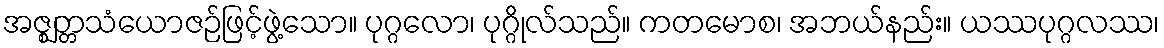
အဇ္ဈတ္တသံယောဇဉ်ဖြင့်ဖွဲ့သော။ ပုဂ္ဂလော၊ ပုဂ္ဂိုလ်သည်။ ကတမောစ၊ အဘယ်နည်း။ ယဿပုဂ္ဂလဿ၊